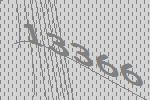
13366